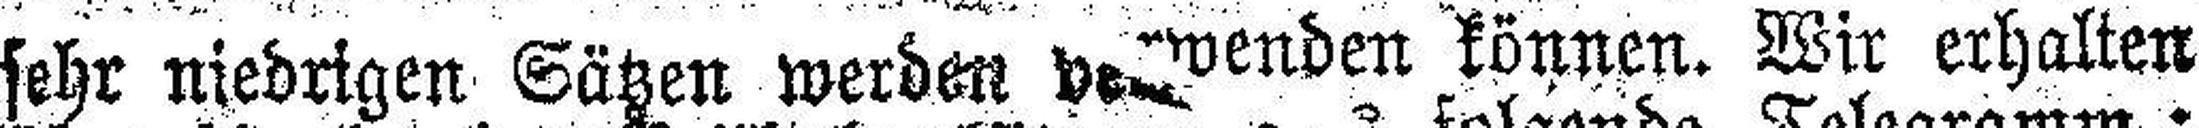
sehr niedrigen Sätzen werden v###wenden können. Wir erhalten